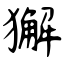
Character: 獬